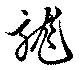
龍